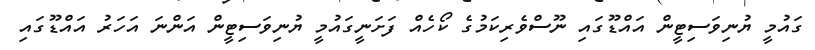
ގައުމީ ޔުނިވަސިޓީން އައްޑޫގައި ނޫސްވެރިކަމުގެ ކޯހެއް ފަށަނީގައުމީ ޔުނިވަސިޓީން އަންނަ އަހަރު އައްޑޫގައި